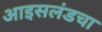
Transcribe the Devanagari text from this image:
आइसलंडचा